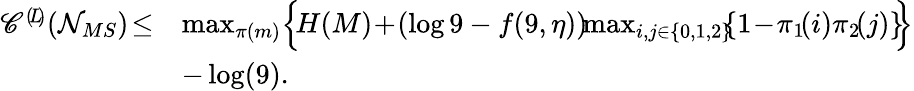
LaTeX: \begin{array}{rl}{\mathscr{C}^{(\! L\! )}(\mathcal{N}_{MS})\! \leq}&{\operatorname*{max}_{\pi(m)}\Bigl\{ \! H(M)\! +\! (\log 9-f(9,\eta))\! \! \operatorname*{max}_{i,j\in\{ 0,1,2\} }\! \! \{ 1\! -\! \pi_{1}\! (i)\pi_{2}\! (j)\} \! \! \Bigr\} }\\ &{-\log(9).}\end{array}